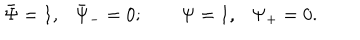
\bar { \Psi } = 1 , \bar { \Psi } _ { - } = 0 ; \qquad \Psi = 1 , \Psi _ { + } = 0 .